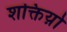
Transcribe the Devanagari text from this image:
शक्तिय़ो